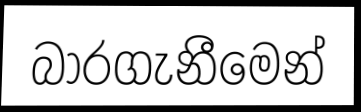
බාරගැනීමෙන්